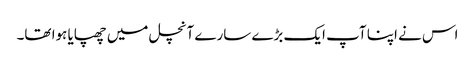
اس نے اپنا آپ ایک بڑے سارے آنچل میں چھپایا ہوا تھا۔